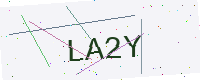
Text: LA2Y